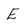
Character: E